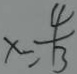
x = \frac { 4 } { 3 }